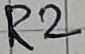
Text: R2